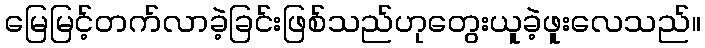
မြေမြင့်တက်လာခဲ့ခြင်းဖြစ်သည်ဟုတွေးယူခဲ့ဖူးလေသည်။